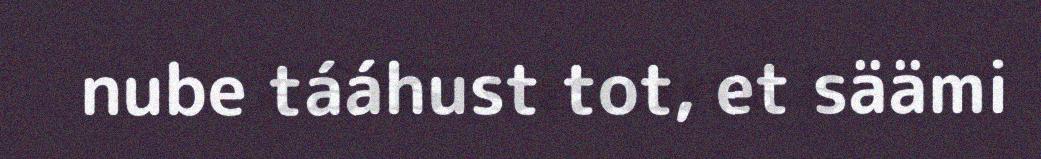
nube tááhust tot, et säämi